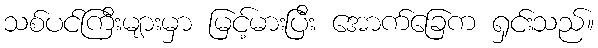
သစ်ပင်ကြီးများမှာ မြင့်မားပြီး အောက်ခြေက ရှင်းသည်။